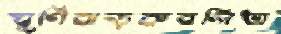
ঘূর্ণিঝড়কবলিত